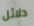
دلائل